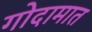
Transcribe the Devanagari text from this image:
गोदामात